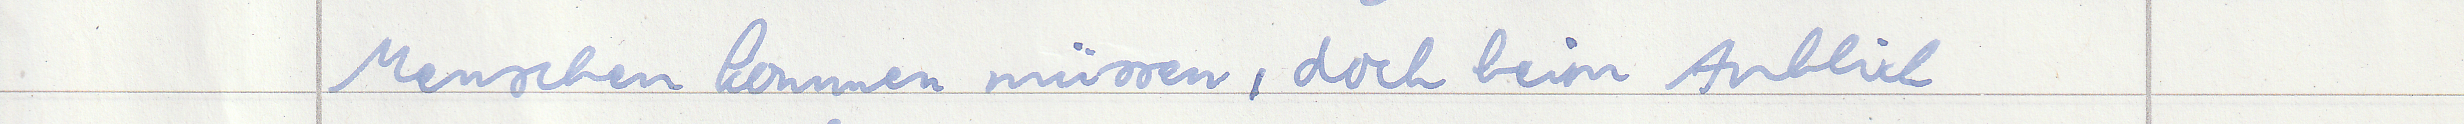
Menschen kommen müssen, doch beim Anblick